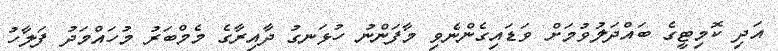
އަދި ކޮމިޓީގެ ބައްދަލުވުމަށް ވަޑައިގެންނެވި މާފަންނު ހުޅަނގު ދާއިރާގެ މެމްބަރު މުހައްމަދު ފަލާހު